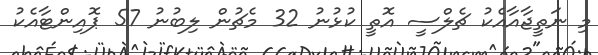
މި ނަތީޖާއާއެކު ޗެލްސީ އޮތީ ކުޅުނު 32 މެޗުން ލިބުނު 57 ޕޮއިންޓާއެކު